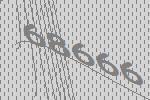
68666